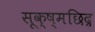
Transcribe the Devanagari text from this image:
सूक्ष्मछिद्र